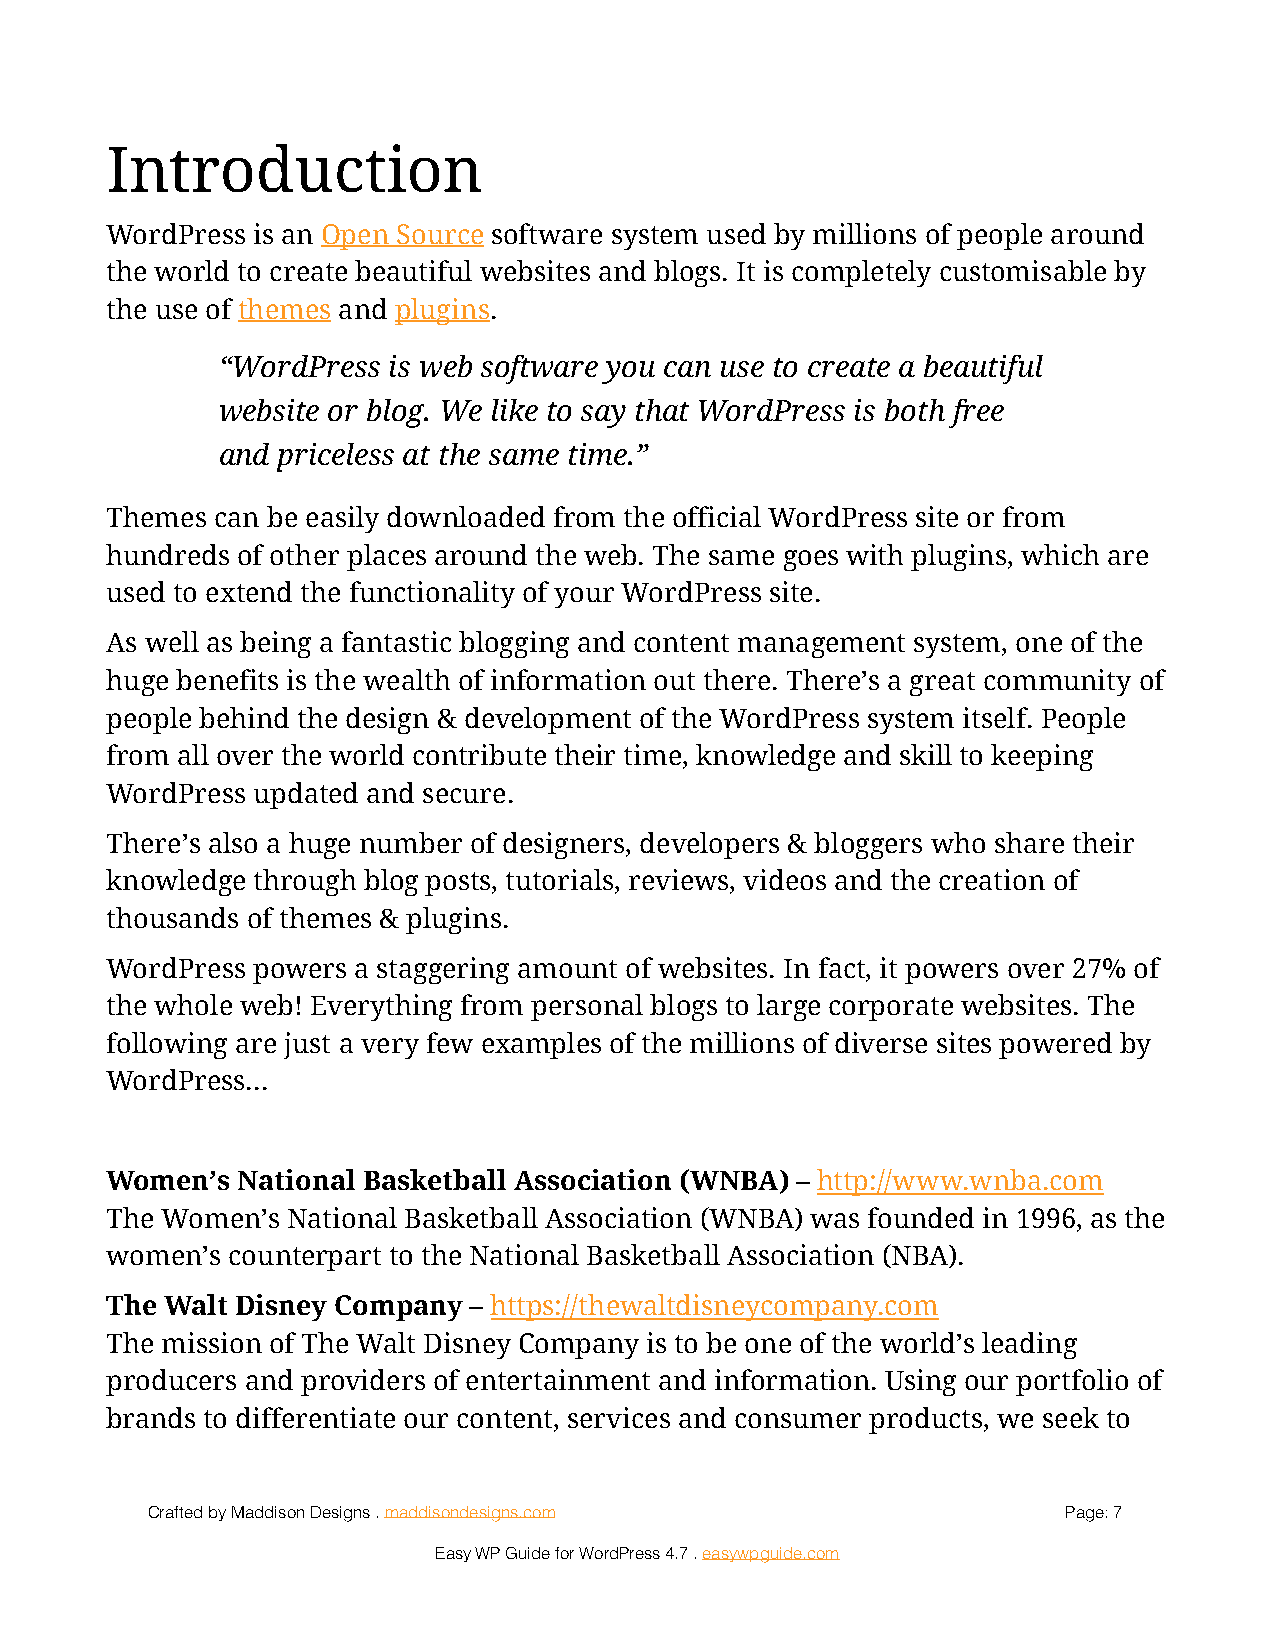
Introduction
 WordPress is an Open Source software system used by millions of people around
 the world to create beautiful websites and blogs. It is completely customisable by
 the use of themes and plugins.
 “WordPress  is web software you can use to create a beautiful
 website or blog. We like to say that WordPress is both free
 and priceless at the same time.”
 Themes can be easily downloaded from the official WordPress site or from
 hundreds of other places around the web. The same goes with plugins, which are
 used to extend the functionality of your WordPress site.
 As well as being a fantastic blogging and content management system, one of the
 huge benefits is the wealth of information out there. There’s a great community of
 people behind the design & development of the WordPress system itself. People
 from all over the world contribute their time, knowledge and skill to keeping
 WordPress updated and secure.
 There’s also a huge number of designers, developers & bloggers who share their
 knowledge through blog posts, tutorials, reviews, videos and the creation of
 thousands of themes & plugins.
 WordPress powers a staggering amount of websites. In fact, it powers over 27% of
 the whole web! Everything from personal blogs to large corporate websites. The
 following are just a very few examples of the millions of diverse sites powered by
 WordPress...
 Women’s  National Basketball Association (WNBA) – http://www.wnba.com
 The Women’s National Basketball Association (WNBA) was founded in 1996, as the
 women’s counterpart to the National Basketball Association (NBA).
 The Walt Disney Company – https://thewaltdisneycompany.com
 The mission of The Walt Disney Company is to be one of the world’s leading
 producers and providers of entertainment and information. Using our portfolio of
 brands to differentiate our content, services and consumer products, we seek to
 Crafted by Maddison Designs . maddisondesigns.com            Page: 7
 Easy WP Guide for WordPress 4.7 . easywpguide.com